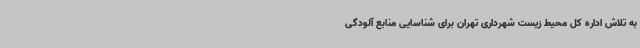
به تلاش اداره کل محیط زیست شهرداری تهران برای شناسایی منابع آلودگی